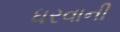
ધરવાની